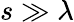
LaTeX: s\gg\lambda